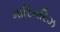
મારિનરિઝ